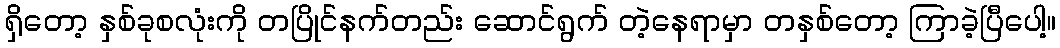
ရှိတော့ နှစ်ခုစလုံးကို တပြိုင်နက်တည်း ဆောင်ရွက် တဲ့နေရာမှာ တနှစ်တော့ ကြာခဲ့ပြီပေါ့။